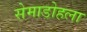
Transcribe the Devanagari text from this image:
सेमाडोहला